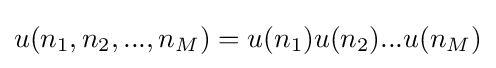
u(n_{1},n_{2},...,n_{M})=u(n_{1})u(n_{2})...u(n_{M})